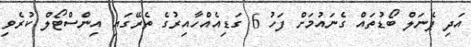
އަދި ޕެނަލް ބޯޑުތައް ގެނައުމަށް ފަހު 6 ގަޑިއެއްހާއިރުގެ ތެރޭގައި އިންސްޓޯލް ކުރެވި